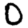
Digit: 0